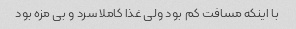
با اینکه مسافت کم بود ولی غذا کاملا سرد و بی مزه بود